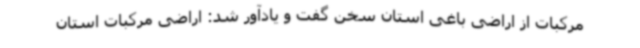
مرکبات از اراضی باغی استان سخن گفت و یادآور شد: اراضی مرکبات استان